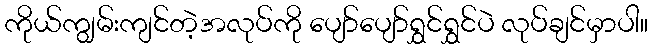
ကိုယ်ကျွမ်းကျင်တဲ့အလုပ်ကို ပျော်ပျော်ရွှင်ရွှင်ပဲ လုပ်ချင်မှာပါ။